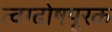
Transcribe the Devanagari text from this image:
त्वग्ढोषपूरक